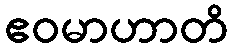
ဧဝမာဟာတိ